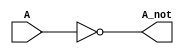
`timescale 1ns / 1ps
//////////////////////////////////////////////////////////////////////////////////
// Company: 
// Engineer: 
// 
// Design Name: 
// Module Name: Inverter
// Project Name: 
// Target Devices: 
// Tool Versions: 
// Description: Safeer Hyder 
// 
// Dependencies: 
// 
// Revision:
// Revision 0.01 - File Created
// Additional Comments:
// 
//////////////////////////////////////////////////////////////////////////////////


module Inverter(A, A_not);

// ports dimensions, size
input  A; 
output A_not; 

// logic
not not1(A_not, A);

endmodule